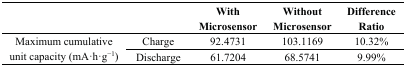
<table><thead><tr><td></td><td></td><td><b>With Microsensor</b></td><td><b>Without Microsensor</b></td><td><b>Difference Ratio</b></td></tr></thead><tbody><tr><td rowspan="2">Maximum cumulative unit capacity (mA·h·g<sup>−1</sup>)</td><td>Charge</td><td>92.4731</td><td>103.1169</td><td>10.32%</td></tr><tr><td>Discharge</td><td>61.7204</td><td>68.5741</td><td>9.99%</td></tr></tbody></table>